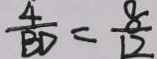
\frac { 4 } { B D } = \frac { 8 } { 1 2 }